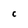
Character: C